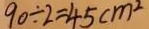
9 0 \div 2 = 4 5 c m ^ { 2 }